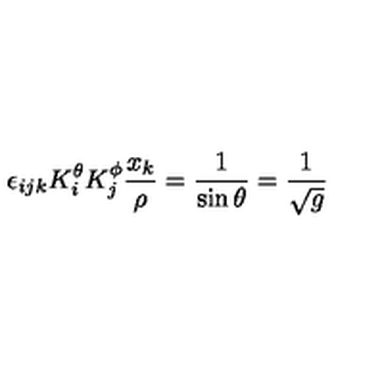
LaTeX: \epsilon _ { i j k } K _ { i } ^ { \theta } K _ { j } ^ { \phi } \frac { x _ { k } } { \rho } = \frac { 1 } { \sin \theta } = \frac { 1 } { \sqrt { g } }